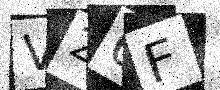
Text: V26F